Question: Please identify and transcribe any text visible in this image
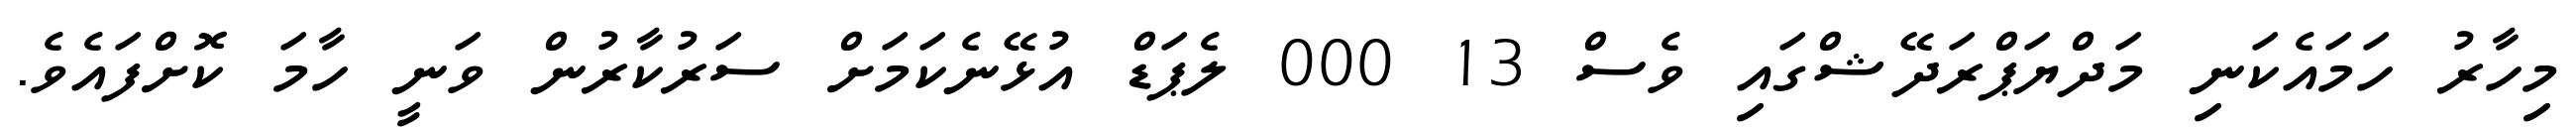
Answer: މިހާރު ހަމައެކަނި މަދްޔަޕްރަދޭޝްގައި ވެސް 13 000 ލެޕަޑް އުޅޭނެކަމަށް ސަރުކާރުން ވަނީ ހާމަ ކޮށްފައެވެ.